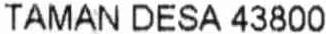
TAMAN DESA 43800